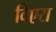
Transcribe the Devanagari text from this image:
विएरा